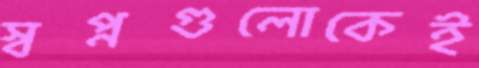
স্বপ্নগুলোকেই